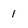
Character: 1